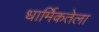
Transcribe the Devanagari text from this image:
धार्मिकतेला